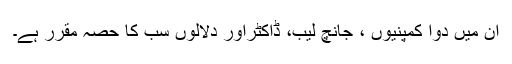
ان میں دوا کمپنیوں ، جانچ لیب، ڈاکٹراور دلالوں سب کا حصہ مقرر ہے۔